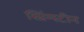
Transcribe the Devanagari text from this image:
स्प्रिंग्स्टीन